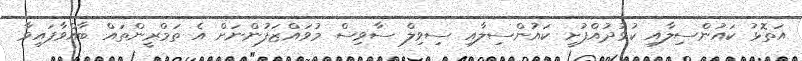
އަތޮޅު ކައުންސިލާއި ކުޅުދުއްފުށީ ކައުންސިލާއި ސިވިލް ސާވިސް މުވައްޒަފުންނަށް އެ ތަމްރީންތައް ބާއްވާފައިވާ